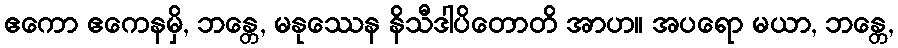
ဧကော ဧကေနမှိ, ဘန္တေ, မနုဿေန နိသီဒါပိတောတိ အာဟ။ အပရော မယာ, ဘန္တေ,